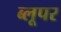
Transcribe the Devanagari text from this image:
ब्लूपर